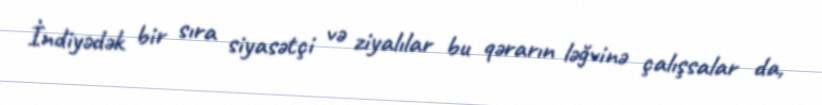
İndiyədək bir sıra siyasətçi və ziyalılar bu qərarın ləğvinə çalışsalar da,